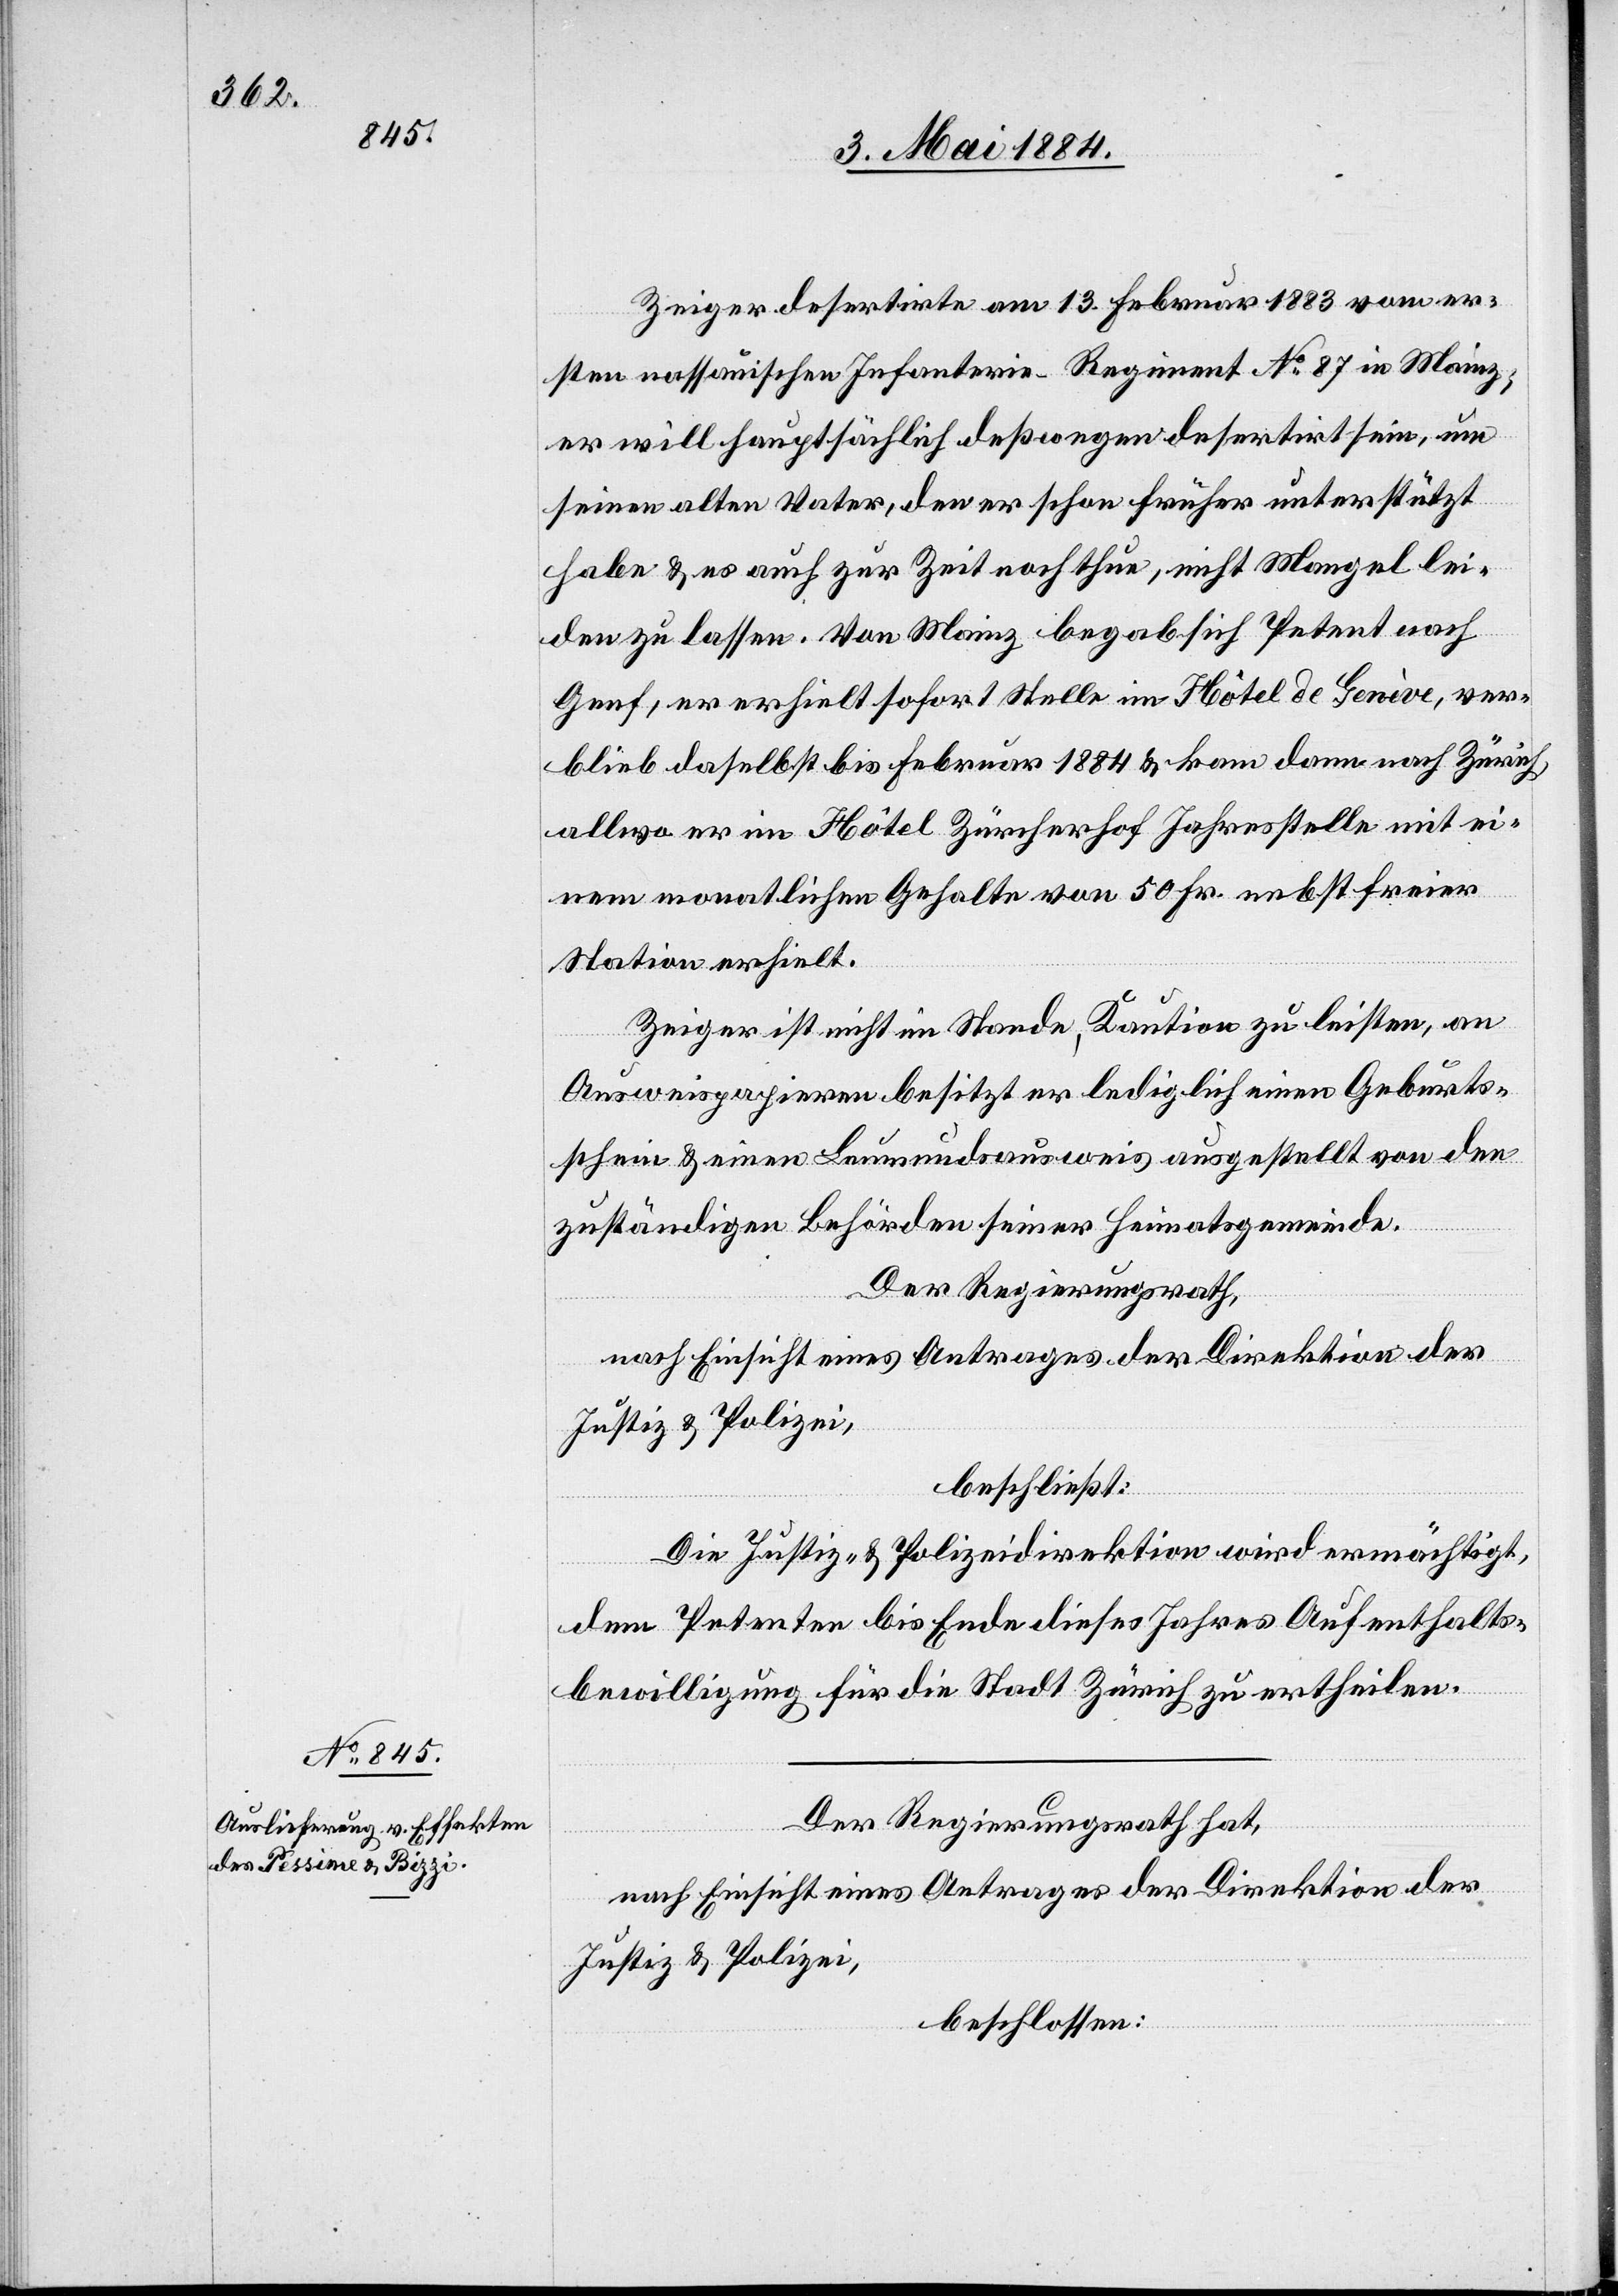
Zeiger desertirte am 13. Februar 1883 vom er¬
sten nassauischen Infanterie-Regiment No 87 in Mainz;
er will hauptsächlich deßwegen desertirt sein, um
seinen alten Vater, den er schon früher unterstützt
habe & es auch zur Zeit noch thue, nicht Mangel lei¬
den zu lassen. Von Mainz begab sich Petent nach
Genf, er erhielt sofort Stelle im Hôtel de Genève, ver¬
blieb daselbst bis Februar 1884 & kam dann nach Zürich,
allwo er im Hôtel Zürcherhof Jahresstelle mit ei¬
nem monatlichen Gehalte von 50 Fr. nebst freier
Station erhielt.
Zeiger ist nicht im Stande, Kaution zu leisten, an
Ausweispapieren besitzt er lediglich einen Geburts¬
schein & einen Leumundsausweis ausgestellt von den
zuständigen Behörden seiner Heimatsgemeinde.
Der Regierungsrath,
nach Einsicht eines Antrages der Direktion der
Justiz- & Polizei,
beschließt:
Die Justiz- & Polizeidirektion wird ermächtigt,
dem Petenten bis Ende dieses Jahres Aufenthalts¬
bewilligung für die Stadt Zürich zu ertheilen.
Der Regierungsrath hat,
nach Einsicht eines Antrages der Direktion der
beschlossen: